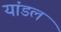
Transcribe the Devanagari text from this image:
यांडल